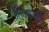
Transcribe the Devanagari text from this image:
जीओआर